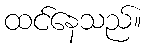
ထင်နေသည်။